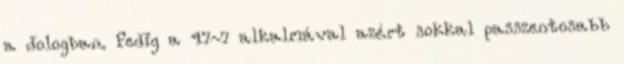
a dologban. Pedig a 47-7 alkalmával azért sokkal passzentosabb